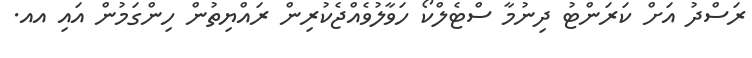
ރަސްދު އަށް ކަރަންޓު ދިނުމާ ސްޓެލްކޯ ހަވާލުވެއްޖެކުރިން ރައްޔިތުން ހިންގަމުން އައި އއ.